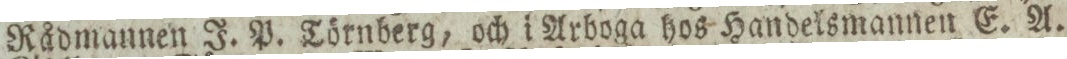
Rådmannen J. P. Törnberg, och i Arboga hos Handelsmannen E. A.